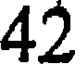
42